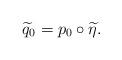
LaTeX: \begin{align*}\widetilde{q}_0 = p_0 \circ \widetilde{\eta}.\end{align*}